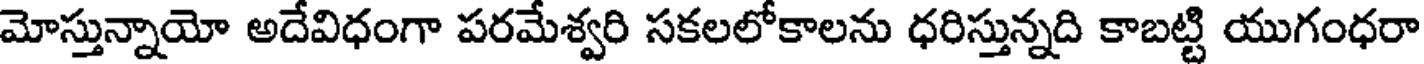
మోస్తున్నాయో అదేవిధంగా పరమేశ్వరి సకలలోకాలను ధరిస్తున్నది కాబట్టి యుగంధరా